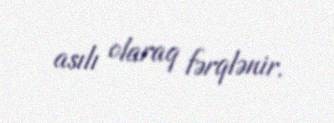
asılı olaraq fərqlənir.